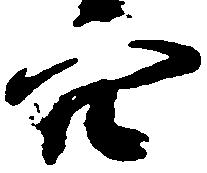
穴